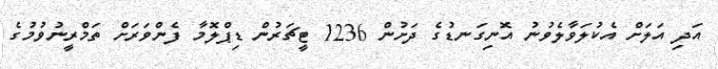
އަދި އަލަށް އެކުލަވާލެވުނު އޮނިގަނޑުގެ ދަށުން 1236 ޓީޗަރުން ޑިޕްލޮމާ ފެންވަރަށް ތަމްރީނުވުމުގެ